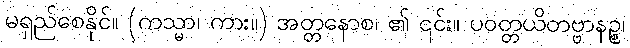
မရှည်စေနိုင်။ (ကသ္မာ၊ ကား။) အတ္တနောစ၊ ၏ ၎င်း။ ပဝတ္တယိတဗ္ဗာနဉ္စ၊